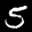
Label: 5